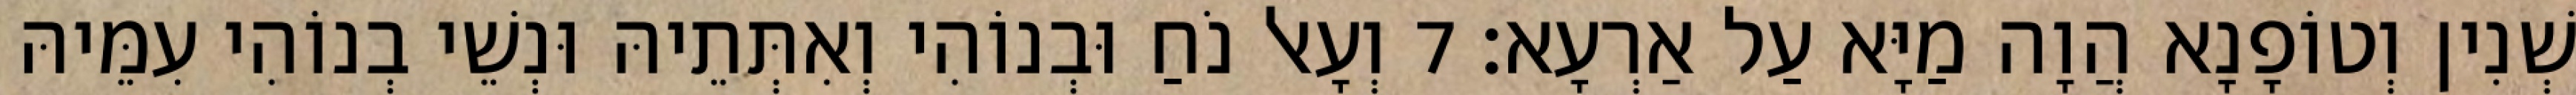
שְׁנִין וְטוֹפָנָא הֲוָה מַיָּא עַל אַרְעָא׃ 7 וְעָאל נֹחַ וּבְנוֹהִי וְאִתְּתֵיהּ וּנְשֵׁי בְנוֹהִי עִמֵּיהּ